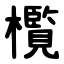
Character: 㰖